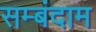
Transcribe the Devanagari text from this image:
सम्बंदाम